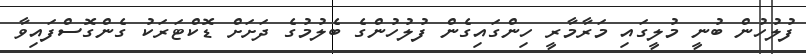
ފުލުހުން ބުނީ މުލީގައި މަރާމާރީ ހިންގައިގެން ފުލުހުންގެ ބެލުމުގެ ދަށަށް ޑޮކްޓަރަކު ގެންގޮސްފައިވާ